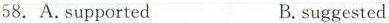
58. A.supported B.suggested